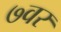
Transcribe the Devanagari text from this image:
७वर